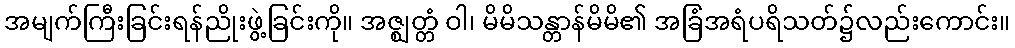
အမျက်ကြီးခြင်းရန်ညိုးဖွဲ့ခြင်းကို။ အဇ္ဈတ္တံ ဝါ၊ မိမိသန္တာန်မိမိ၏ အခြံအရံပရိသတ်၌လည်းကောင်း။